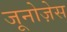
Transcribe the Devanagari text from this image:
जूनोज़ेस